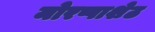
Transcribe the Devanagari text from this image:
मोरप्पाशेठ